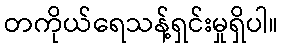
တကိုယ်ရေသန့်ရှင်းမှုရှိပါ။